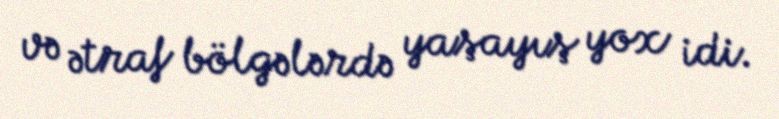
və ətraf bölgələrdə yaşayış yox idi.